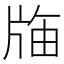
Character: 𭷌